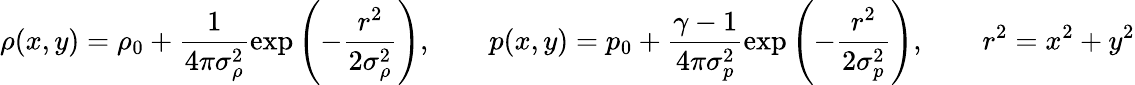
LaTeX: \rho(x,y)=\rho_{0}+\frac{1}{4\pi\sigma_{\rho}^{2}}\exp\left(-\frac{r^{2}}{2\sigma_{\rho}^{2}}\right),\qquad p(x,y)=p_{0}+\frac{\gamma-1}{4\pi\sigma_{p}^{2}}\exp\left(-\frac{r^{2}}{2\sigma_{p}^{2}}\right),\qquad r^{2}=x^{2}+y^{2}